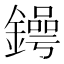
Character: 𨬱